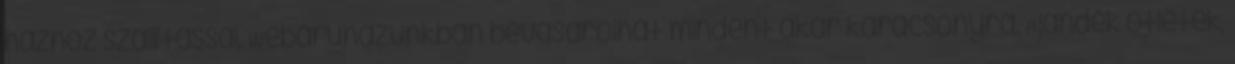
házhoz szállítással. Webáruházunkban bevásárolhat mindent akár karácsonyra. Ajándék ötletek,